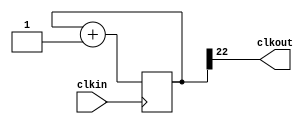
module Blink (
  input clkin,        // Input clock signal
  output clkout      // Output clock signal
);

  parameter DEVISION_BIT = 23; // Number of bits for dividing the clock frequency

  reg [DEVISION_BIT-1:0] count = 0; // Register to count the number of clock cycles

  assign clkout = count[DEVISION_BIT-1]; // Assign the most significant bit (MSB) of the count register to the output clock

  always @(posedge clkin)
    count <= count + 1; // Increment the count on every positive edge of the input clock

endmodule